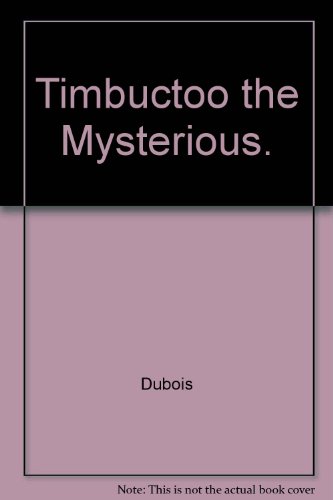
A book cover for Timbuctoo the Mysterious; Felix Dubois; Travel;